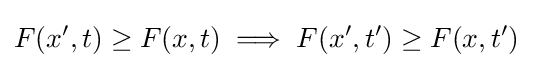
F(x',t)\geq F(x,t)\implies F(x',t')\geq F(x,t')